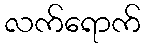
လက်ရောက်